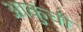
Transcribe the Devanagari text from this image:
आकुंची